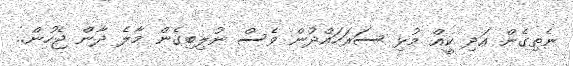
ނެތިގެން އަދި ކީއް މުޅި ސަރަހައްދުން ވެސް ނުލިބިގެން މާލެެ ދާން ޖެހުން..